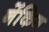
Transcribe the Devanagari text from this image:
नेंकिंग